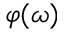
\varphi ( \omega )